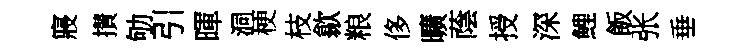
寢攅劬引暉洞梗枝歙粮侈曠蔭授深鯉飯张垂